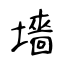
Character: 墻